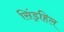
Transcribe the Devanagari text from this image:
सिंड्रहिल